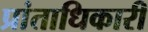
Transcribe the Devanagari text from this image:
प्रांताधिकारी